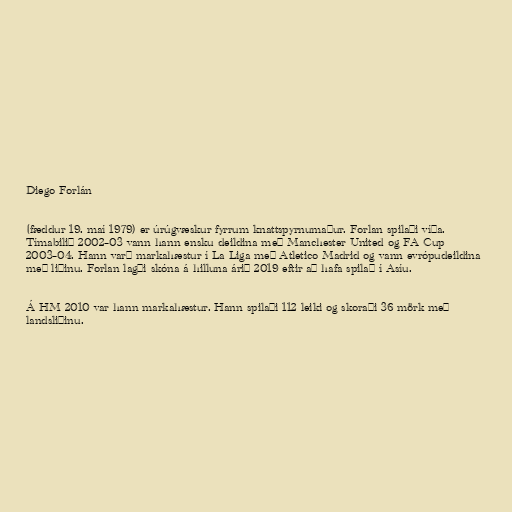
Diego Forlán

(fæddur 19. maí 1979) er úrúgvæskur fyrrum knattspyrnumaður. Forlan spilaði víða.
Tímabilið 2002–03 vann hann ensku deildina með Manchester United og FA Cup
2003–04. Hann varð markahæstur í La Liga með Atletico Madrid og vann evrópudeildina
með liðinu. Forlan lagði skóna á hilluna árið 2019 eftir að hafa spilað í Asíu.

Á HM 2010 var hann markahæstur. Hann spilaði 112 leiki og skoraði 36 mörk með
landsliðinu.